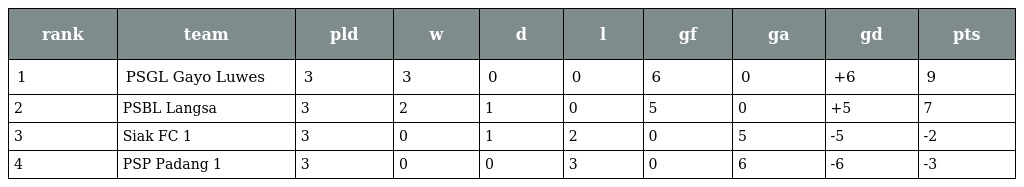
| rank | team | pld | w | d | l | gf | ga | gd | pts |
 | --- | --- | --- | --- | --- | --- | --- | --- | --- | --- |
 | 1 | PSGL Gayo Luwes | 3 | 3 | 0 | 0 | 6 | 0 | +6 | 9 |
 | 2 | PSBL Langsa | 3 | 2 | 1 | 0 | 5 | 0 | +5 | 7 |
 | 3 | Siak FC 1 | 3 | 0 | 1 | 2 | 0 | 5 | -5 | -2 |
 | 4 | PSP Padang 1 | 3 | 0 | 0 | 3 | 0 | 6 | -6 | -3 |